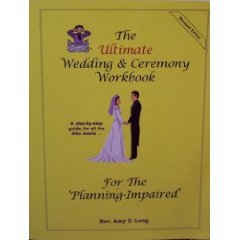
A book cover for The Ultimate Wedding & Ceremony Workbook for the 'Planning-Impaired'; Amy E. Long; Crafts, Hobbies & Home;